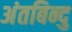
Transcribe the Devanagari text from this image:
अंतबिन्दु